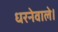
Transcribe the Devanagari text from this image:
धरनेवाले।